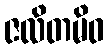
ဇလိတမိဝ